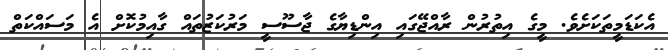
އެކަޑަމީތަކަށެވެ. މީގެ އިތުރުން ރާއްޖޭގައި އިންޑިޔާގެ ޖާސޫސީ މަރުކަޒުތައް ގާއިމުކޮށް އެ މަސައްކަތް